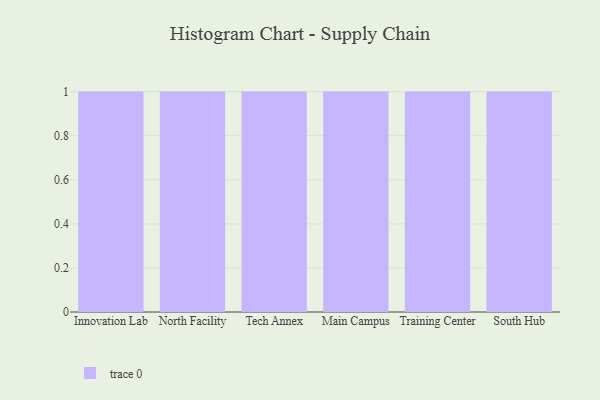
{"axis": {"x": "Campus", "y": "LTV (USD)"}, "legend": [""], "data": [{"x": "Innovation Lab", "y": 44, "type": ""}, {"x": "North Facility", "y": 37, "type": ""}, {"x": "Tech Annex", "y": 42, "type": ""}, {"x": "Main Campus", "y": 99, "type": ""}, {"x": "Training Center", "y": 95, "type": ""}, {"x": "South Hub", "y": 69, "type": ""}]}